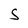
Character: S